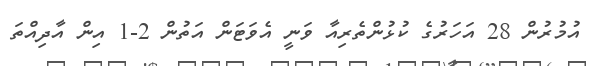
އުމުރުން 28 އަހަރުގެ ކުޅުންތެރިއާ ވަނީ އެވަޓަން އަތުން 2-1 އިން އާދިއްތަ